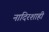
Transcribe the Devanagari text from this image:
नादिरशाही